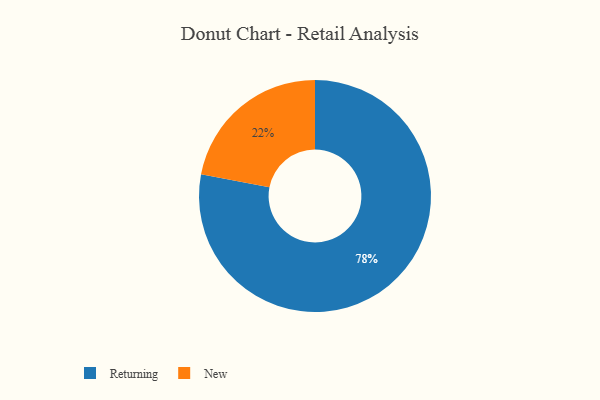
{"axis": {"x": "Category", "y": "Percentage"}, "legend": ["New", "Returning"], "data": [{"x": "New", "y": 22, "type": "New"}, {"x": "Returning", "y": 78, "type": "Returning"}]}